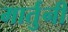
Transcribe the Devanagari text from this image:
मार्तुनी